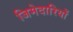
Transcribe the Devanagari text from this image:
जिमेदारियों